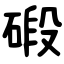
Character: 碫